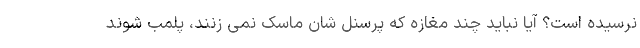
نرسیده است؟ آیا نباید چند مغازه که پرسنل شان ماسک نمی زنند، پلمب شوند